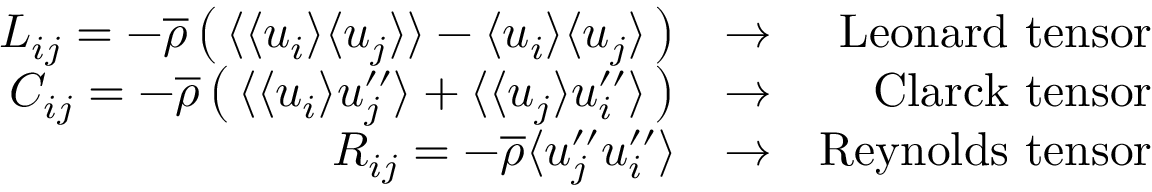
\begin{array} { r l r } { L _ { i j } = - \overline { { \rho } } \left( \, \langle { \langle u _ { i } \rangle \langle u _ { j } \rangle } \rangle - \langle u _ { i } \rangle \langle u _ { j } \rangle \, \right) } & { \rightarrow } & { \mathrm { L e o n a r d ~ t e n s o r } } \\ { C _ { i j } = - \overline { { \rho } } \left( \, \langle { \langle u _ { i } \rangle u _ { j } ^ { \prime \prime } } \rangle + \langle { \langle u _ { j } \rangle u _ { i } ^ { \prime \prime } } \rangle \, \right) } & { \rightarrow } & { \mathrm { C l a r c k ~ t e n s o r } } \\ { R _ { i j } = - \overline { { \rho } } \langle { u _ { j } ^ { \prime \prime } u _ { i } ^ { \prime \prime } } \rangle } & { \rightarrow } & { \mathrm { R e y n o l d s ~ t e n s o r } } \end{array}